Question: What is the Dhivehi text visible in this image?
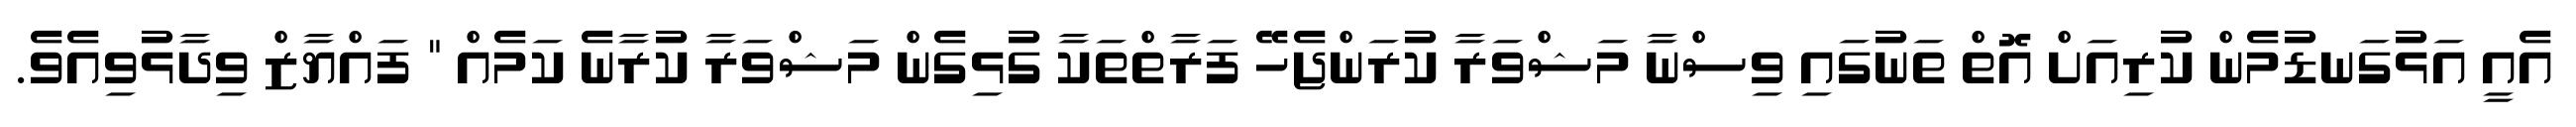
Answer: އެއީ އަޅުގަނޑުމެން ކުރިއަށް އޮތް ތަނުގައި ވިސްނާ މަޝްވަރާ ކުރަންޖެހޭ ފަރާތްތަކާ ގުޅިގެން މަޝްވަރާ ކުރާނެ ކަމެއް " ފައްޔާޒް ވިދާޅުވިއެވެ.